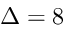
\Delta = 8